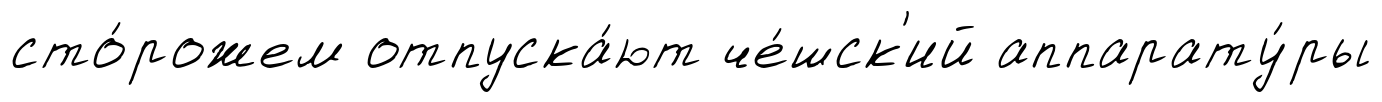
сто́рожем отпуска́ют че́шск'ий аппарату́ры